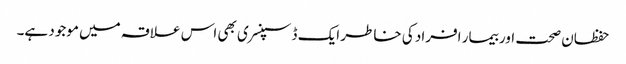
حفظان صحت اور بیمار افراد کی خاطر ایک ڈسپنسری بھی اس علاقہ میں موجود ہے۔